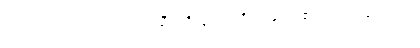
၁၃၈။ ပုထုဇဉ်သော်လည်း သီလရှိလျှင် အရိယာနှင့်တူ၏၊ အပယ်မရောက်။